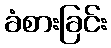
ခံစားခြင်း